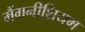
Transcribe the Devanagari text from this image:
मैंगनीशियम